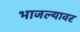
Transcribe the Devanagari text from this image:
भाजल्यावर